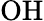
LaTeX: \mathrm{OH}